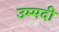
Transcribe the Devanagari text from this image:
उम्मदी